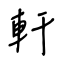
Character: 軒